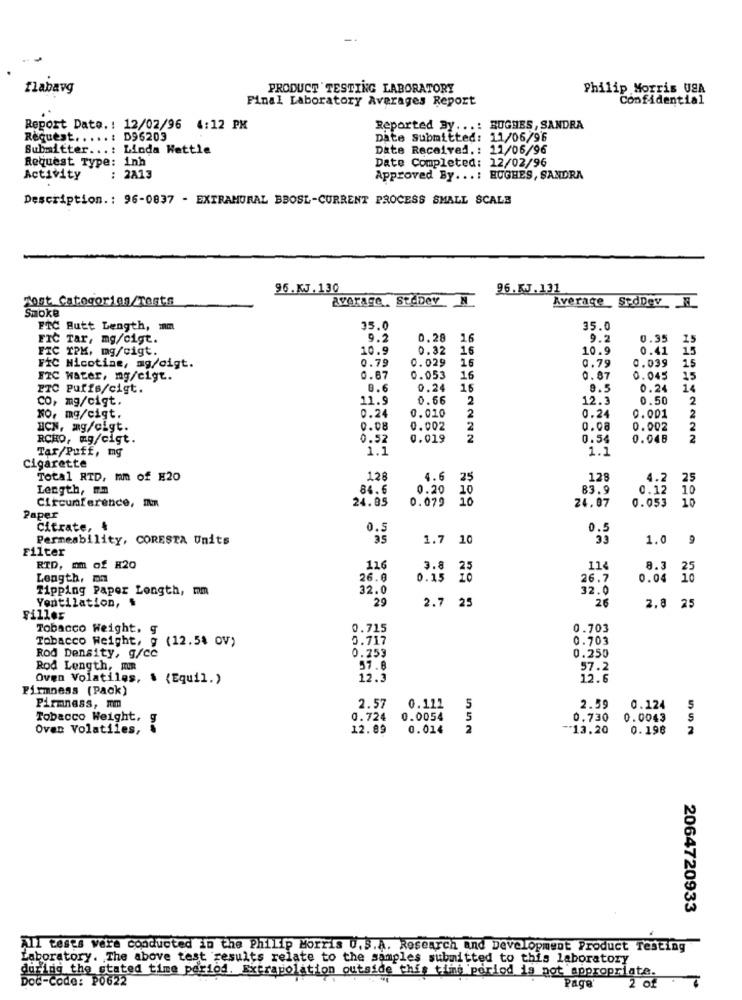
flabavg
PRODUCT TESTING LABORATORY
Philip Morris USA
Final Laboratory Averages Report
Confidential
Report Dato. : 12/02/96 4:12 PM
Reported By ...: HUGHES, SANDRA
Request ..... : D96203
Date submitted: 11/06/9'6
Submitter ...: Linda Wattle
Date Received .: 11/06/96
Request Type: 1nh
Date Completed: 12/02/96
Activity
: 2A13
Approved By ...: HUGHES, SANDRA
Description .: 96-0837 - EXTRAMURAL BBOSL-CURRENT PROCESS SMALL SCALE
96.KJ. 130
96.K.J. 131
Lost Categorias/Tests
average, SteDev N
Smoke
Average_ SedDevN
FTC Butt Length, mm
35.0
35.0
FIC Tar, mg/cigt.
9.2
0.28
16
9.2
0.35
15
10.9
0.32
16
10.9
0.41
15
FTC TPK, mg/cigt.
0.79
0.029
16
0.79
15
FiC Nicotine, mg/cigt.
0.039
FIC water, mg/cigt.
0.67
0.053
16
0.87
0.045
15
TC Puffs/cigt.
8.6
0.24
16
9.5
0.24
14
co, mg/cigt.
11.9
0.66
2
12.3
0.50
2
0.24
0.24
NO, mg/cigt.
0.010
2
0.001
2
HCN, mg/cigt.
0.08
0.002
2
0.08
0.002
2
RCHO, mg/cigt.
0.52
0.019
0.54
HOOD
0.048
Tar/Puff, mg
1.1
1.1
Cigarette
Total RTD, mm of H20
128
4.6
25
128
4.2
25
Length, mm
84.6
0.20
83.9
0.12 10
Circumference, In
24.05
0.079
10
10
10
24.07
0.053
Paper
Citrate, &
0.5
0.5
Permeability, CORESTA Units
1.7 10
1.0
9
Filter
RTD, mm of #20
116
3.8 25
11&
8.3
25
Length, ma
26.8
0.15 20
26.7
0.04 1
Tipping Paper Longth, mm
32.0
32.0
Ventilation, $
29
2.7 25
26
2.8 25
Filles
Tobacco Weight.
0.715
0.703
Tobacco Weight, g (12.5% ov)
0.717
0.703
Rod Density, g/cc
0.253
0.250
Rod Length, FR
57.8
57.2
Oven Volatiles, & {Equil.)
12.3
12.6
Firmness (Pack)
5
Firmness, mm
2.57
0.112
2.59
0.124
5
Tobacco Weight,
0.724
0.0054
5
0.730
0.0043
S
Oven Volatiles,
be
12.89
0.014
2
-13.20
0.198
2
2064720933
All tests were conducted in the Philip Morris U.S.A. Research and Development Product Testing
Laboratory. The above test results relate to the samples submitted to this laboratory
during the stated time period. Extrapolation outside this time period is not appropriate.
Doc-Code: P0622
2 of
Page'